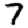
Digit: 7